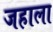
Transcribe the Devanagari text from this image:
जहाला